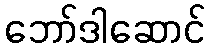
ဘော်ဒါဆောင်